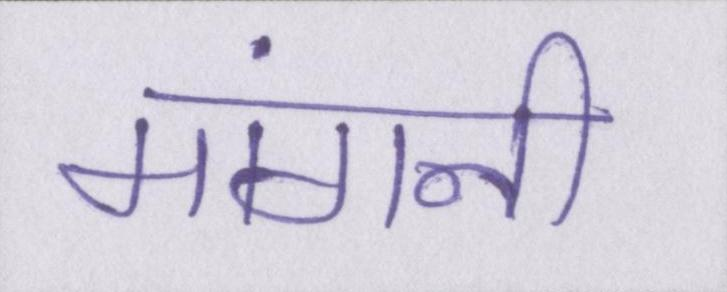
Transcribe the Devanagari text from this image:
मांगनी